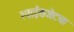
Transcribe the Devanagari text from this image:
स्पाईसजेटचा